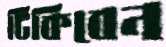
টিকিবেন